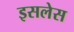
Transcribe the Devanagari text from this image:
इसलेस